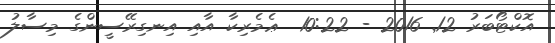
އޮކްޓޯބަރު 12